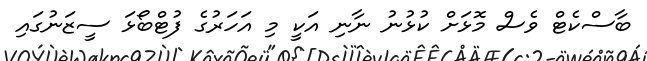
ބާސްކެޓް ވެސް މޮޅަށް ކުޅުނު ނާނި އަކީ މި އަހަރުގެ ފުޓްބޯޅަ ސީޒަނުގައި